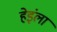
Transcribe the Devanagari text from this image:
हेइंला